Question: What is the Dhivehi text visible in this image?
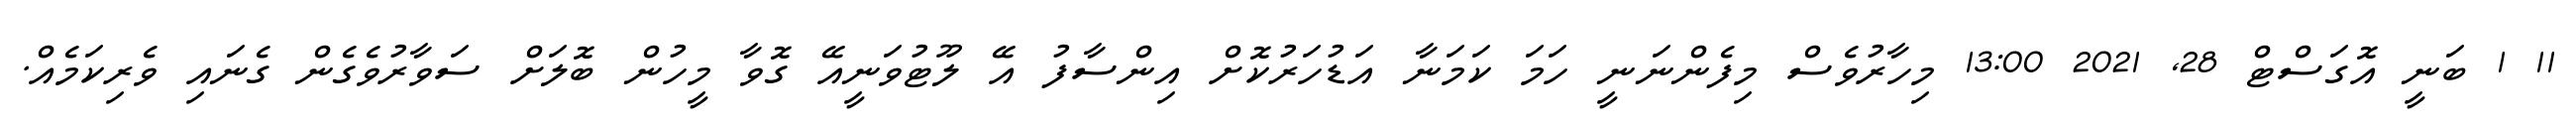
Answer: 11 1 ބަނީ އޮގަސްޓް 28, 2021 13:00 މިހާރުވެސް މިފެންނަނީ ހަމަ ކަމަނާ އަޑުހަރުކޮށް އިންސާފު އޭ ލޫޓުވަނީއޭ ގޮވާ މީހުން ބޮލަށް ސަވާރުވެގެން ގެނައި ވެރިކަމެއް.